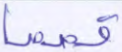
قصصا